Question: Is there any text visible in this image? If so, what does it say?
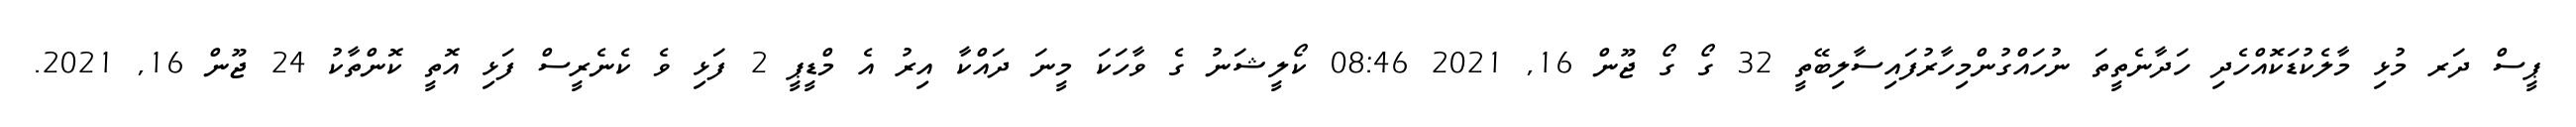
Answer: ޕީސް ދަރ މުޅި މާލެކުޑަކޮއްހެދި ހަދާނެތީތަ ނުހައްގުންމިހާރުފައިސާލިބޭތީ 32 ގޯ ގޯ ޖޫން 16, 2021 08:46 ކޯލީޝަނު ގެ ވާހަކަ މީނަ ދައްކާ އިރު އެ މްޑީޕީ 2 ފަޅި ވެ ކެނެރީސް ފަޅި އޮތީ ކޮންތާކު 24 ޖޫން 16, 2021.